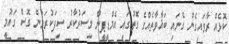
ކޮޅެއް ރާވައިގެން ގެނައި ބަޣާވާތެއްގެ ގޮތުގައި އެމްޑީޕީން މިސަރުކާރު ސިފަކުރަމުން ގޮސް ގައުމީ